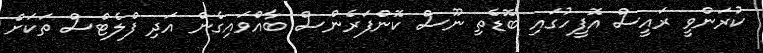
ކުރަންވީ ރައީސް އޮފީހުގައި ބޮޑެތި ނޫސް ކޮންފަރެންސް ބާއްވައިގެން އަދި ފްލެޓްސް ތަަކަށް